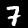
Digit: 7